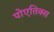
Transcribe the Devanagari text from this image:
पोएतिक्स